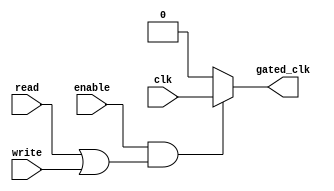
module clock_gating_control (
    input wire clk,            // Main clock signal
    input wire enable,         // Enable signal for the memory block
    input wire read,           // Read operation signal
    input wire write,          // Write operation signal
    output wire gated_clk      // Gated clock output
);
    // Gating signal generation
    wire gating_signal;

    // Generate gating signal based on operational states
    assign gating_signal = enable & (read | write);

    // Clock gating cell: AND gate with the main clock
    assign gated_clk = gating_signal ? clk : 1'b0;

endmodule